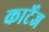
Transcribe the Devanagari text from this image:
कार्टेज